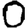
Digit: 0